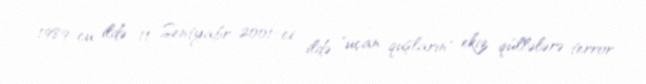
1989-cu ildə 11 Sentyabr 2001-ci ildə "uçan quşların" ekiz qüllələrə terror